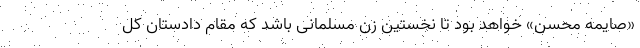
«صایمه محسن» خواهد بود تا نخستین زن مسلمانی باشد که مقام دادستان کل